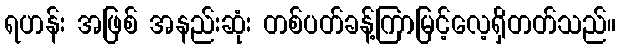
ရဟန်း အဖြစ် အနည်းဆုံး တစ်ပတ်ခန့်ကြာမြင့်လေ့ရှိတတ်သည်။